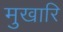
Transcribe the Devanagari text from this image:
मुखारि